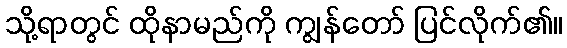
သို့ရာတွင် ထိုနာမည်ကို ကျွန်တော် ပြင်လိုက်၏။